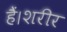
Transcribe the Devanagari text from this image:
हैं।शरीर